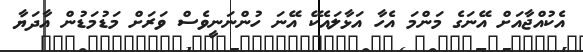
އެކުއްޖާއަށް އޭނަގެ މަންމަ އެހާ އަޅާލައެކޭ އޭނަ ހުންނަނީވެސް ވަރަށް މަޑުމަޑުން އާދަޔާ